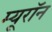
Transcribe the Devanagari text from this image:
म्यूरॉन